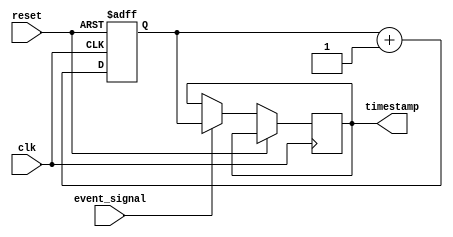
module timestamp_timer (
  input event_signal,
  input clk,
  input reset,
  output reg [31:0] timestamp
);

reg [31:0] counter;

always @ (posedge clk or posedge reset) begin
  if (reset) begin
    counter <= 32'h0;
  end else begin
    counter <= counter + 1;
    if (event_signal) begin
      timestamp <= counter;
    end
  end
end

endmodule